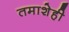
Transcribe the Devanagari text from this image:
तमाशेही